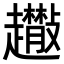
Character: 𧾬